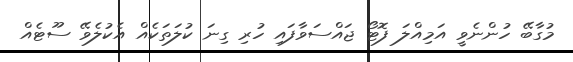
މުގާބޭ ހުންނެވީ އަމިއްލަ ފޮޓޯ ޖައްސަވާފައި ހުރި ގިނަ ކުލަތަކެއް އެކުލެވޭ ސޫޓެއް